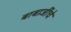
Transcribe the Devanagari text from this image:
बाबाजींचे